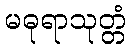
မဓုရာသုတ္တံ